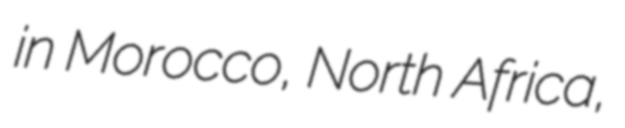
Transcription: in Morocco, North Africa,